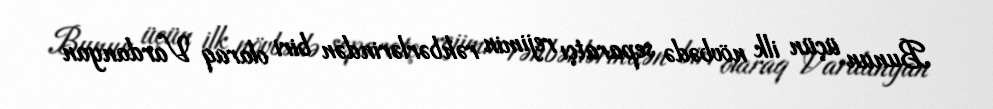
Bunun üçün ilk növbədə separatçı rejimin rəhbərlərindən biri olaraq Vardanyan